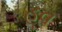
હૂવ